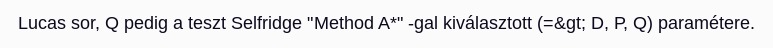
Lucas sor, Q pedig a teszt Selfridge "Method A*" -gal kiválasztott (=&gt; D, P, Q) paramétere.